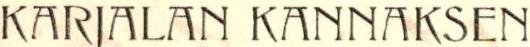
KARJALAN KANNAKSEN